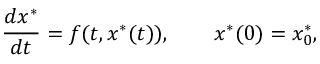
\frac { d x ^ { * } } { d t } = f ( t , x ^ { * } ( t ) ) , \qquad x ^ { * } ( 0 ) = x _ { 0 } ^ { * } ,